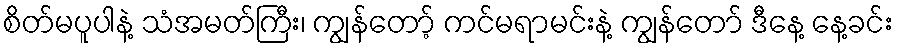
စိတ်မပူပါနဲ့ သံအမတ်ကြီး၊ ကျွန်တော့် ကင်မရာမင်းနဲ့ ကျွန်တော် ဒီနေ့ နေ့ခင်း